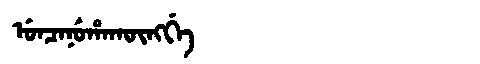
Manchu: ᡠᠨᠴᠠᠨᡠᡥᠠᡴᡡᠩᡤᡝ
Romanization: UNCANUHAKŪNGGE